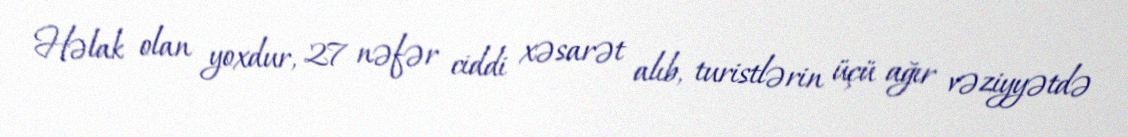
Həlak olan yoxdur, 27 nəfər ciddi xəsarət alıb, turistlərin üçü ağır vəziyyətdə